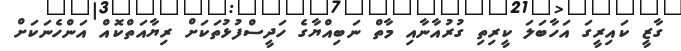
ގާޒީ ކައިރީގަ އަހާބަލަ ކީރިތި ގުރުއާނާއި މާތް ނަބިއްޔާގެ ހަދީސްފުޅުތަކަށް ރިޔާއަތްކޮއް އަންހެނަކަށް